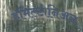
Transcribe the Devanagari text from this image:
हमिल्टोनिअन